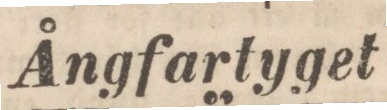
Ångfartyget